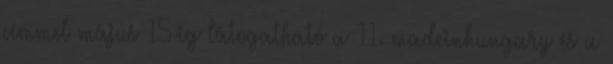
címmel május 15-ig látogatható a 11. madeinhungary és a